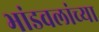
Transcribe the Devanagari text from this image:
भांडवलांच्या